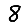
Digit: 8